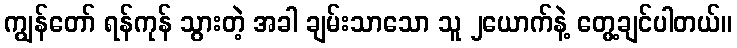
ကျွန်တော် ရန်ကုန် သွားတဲ့ အခါ ချမ်းသာသော သူ ၂ယောက်နဲ့ တွေ့ချင်ပါတယ်။